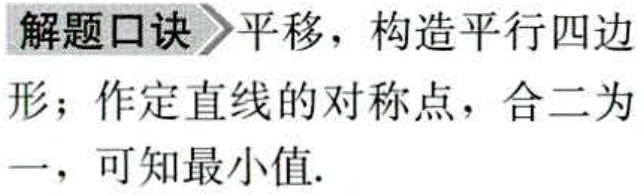
解题口诀\(>\)平移，构造平行四边

形；作定直线的对称点，合二为

一，可知最小值.